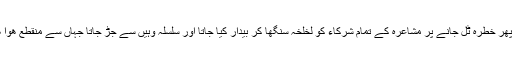
اور پھر خطرہ ٹل جانے پر مشاعرہ کے تمام شرکاء کو لخلخہ سنگھا کر بیدار کیا جاتا اور سلسلہ وہیں سے جڑ جاتا جہاں سے منقطع ھوا ھوتا۔